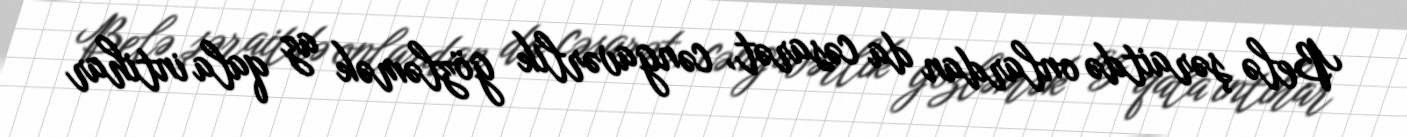
Belə şəraitdə onlardan da cəsarət, cəngavərlik gözləmək az qala intihar